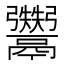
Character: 𱆔